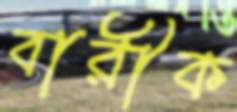
বারীক